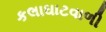
કલાઘાટવાળી